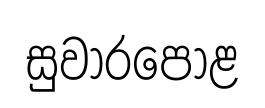
සුවාරපොළ